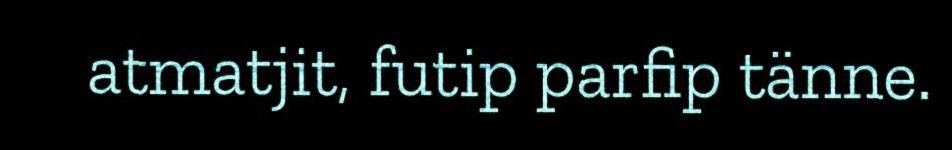
atmatjit, futip parfip tänne.